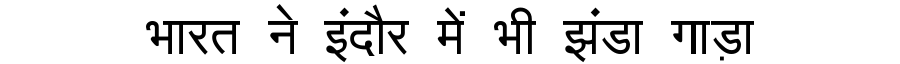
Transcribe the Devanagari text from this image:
भारत ने इंदौर में भी झंडा गाड़ा